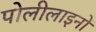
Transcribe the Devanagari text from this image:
पोलीलाइनों